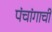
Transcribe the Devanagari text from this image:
पंचांगाची